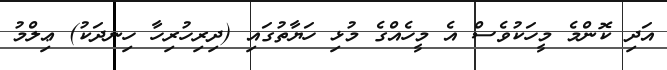
އަދި ކޮންމެ މީހަކުވެސް އެ މީހެއްގެ މުޅި ހަޔާތުގައި (ދިރިހުރިހާ ހިނދަކު) ޢިލްމު